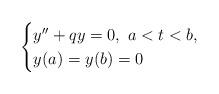
LaTeX: \begin{align*} \begin{cases}y^{\prime \prime }+qy=0,\ a<t<b,\\y(a)=y(b)=0\end{cases}\end{align*}